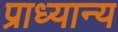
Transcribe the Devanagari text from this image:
प्राध्यान्य